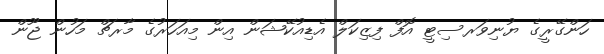
ހަންގޭރީގެ ޔުނިވަރސިޓީ އޮފް ފިޒިކަލް އެޑިއުކޭޝަން އިން މިއަހަރުގެ މާރޗް މަހުން ޖޫން